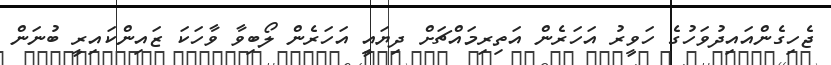
ޖެހިގެންއައިދުވަހުގެ ހަވީރު އަހަރެން އަތިރިމައްޗަށް ދިޔައީ އަހަރެން ލޯބިވާ ވާހަކަ ޒައިންކައިރީ ބުނަން